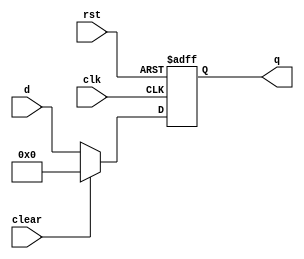
`timescale 1ns / 1ps

// Flip-flop with clock (clk), reset (rst), and clear signals
module floprc #(parameter WIDTH = 8)(
    input wire clk,     // Clock signal
    input wire rst,     // Reset signal
    input wire clear,  // Clear signal
    input wire [WIDTH-1:0] d,  // Data input
    output reg [WIDTH-1:0] q   // Data output
);

always @(posedge clk, posedge rst) begin
    if (rst) begin
        q <= 0;  // Reset: Set q to 0
    end else if (clear) begin
        q <= 0;  // Clear: Set q to 0
    end else begin 
        q <= d;  // When there's no reset or clear, assign the input data d to q on the rising edge of clk
    end
end

endmodule